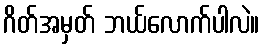
ဂိတ်အမှတ် ဘယ်လောက်ပါလဲ။